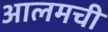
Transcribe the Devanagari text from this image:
आलमची